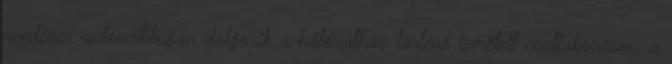
rendszer automatikusan dolgozik a hálózathoz történő ismételt csatlakozáson, a